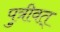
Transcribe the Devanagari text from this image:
पुत्रीवत्